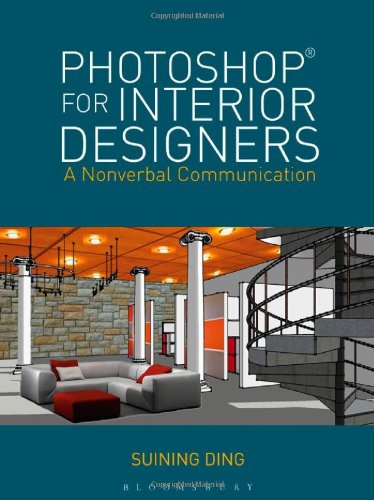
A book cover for PhotoshopÂ® for Interior Designers: A Nonverbal Communication; Suining Ding; Computers & Technology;